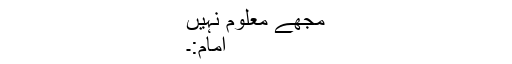
مجھے معلوم نہیں
امام:۔